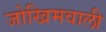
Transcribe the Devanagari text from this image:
जोखिमवाली